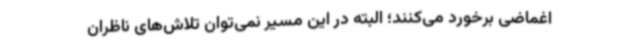
اغماضی برخورد می‌کنند؛ البته در این مسیر نمی‌توان تلاش‌های ناظران